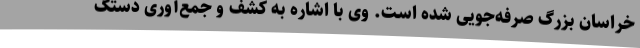
خراسان بزرگ صرفه‌جویی شده است. وی با اشاره به کشف و جمع‌آوری دستگ